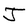
Character: J